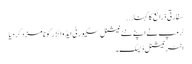
سفارتی ذرائع کا کہنا ...
ٹرمپ نے اپنے نئے نیشنل سکیورٹی ایڈوائزر کو نامزد کر دیا
انٹر نیشنل ڈیسک۔